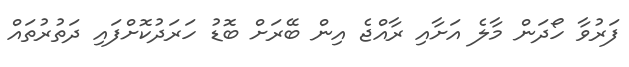
ފަރުވާ ހޯދަން މާލެ އަށާއި ރާއްޖެ އިން ބޭރަށް ބޮޑު ހަރަދުކޮށްފައި ދަތުރުތައް